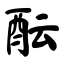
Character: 酝